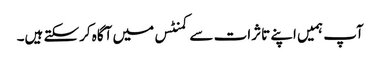
آپ ہمیں اپنے تاثرات سے کمنٹس میں آگاہ کرسکتے ہیں۔